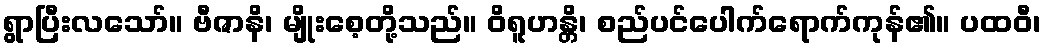
ရွာပြီးလသော်။ ဗီဇာနိ၊ မျိုးစေ့တို့သည်။ ဝိရူဟန္တိ၊ စည်ပင်ပေါက်ရောက်ကုန်၏။ ပထဝီ၊